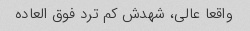
واقعا عالی، شهدش کم ترد فوق العاده